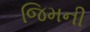
જિમની